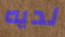
لديه